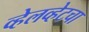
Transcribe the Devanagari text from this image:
व्हेलव्हेटचा